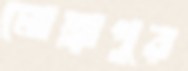
মোল্লাপুর